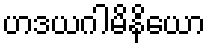
ဟဒယဂါမိနိယော